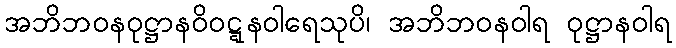
အဘိဘဝနဝုဋ္ဌာနဝိဝဋ္ဋနဝါရေသုပိ၊ အဘိဘဝနဝါရ ဝုဋ္ဌာနဝါရ